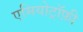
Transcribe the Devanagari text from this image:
एमियोट्रॉफ़ी